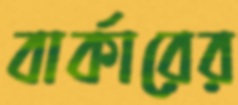
বার্কারের